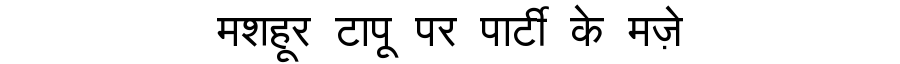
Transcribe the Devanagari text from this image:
मशहूर टापू पर पार्टी के मज़े